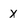
Character: x